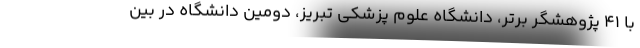
با ۴۱ پژوهشگر برتر، دانشگاه علوم پزشکی تبریز، دومین دانشگاه در بین